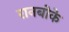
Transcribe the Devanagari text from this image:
रानबोके